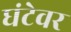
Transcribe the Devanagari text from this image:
घंटेवर